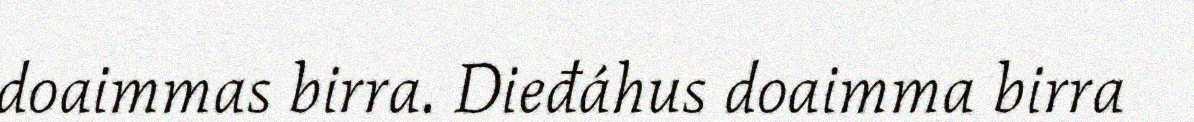
doaimmas birra. Dieđáhus doaimma birra